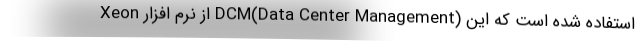
Xeon از نرم افزار DCM(Data Center Management) استفاده شده است که این